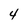
Character: 4